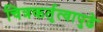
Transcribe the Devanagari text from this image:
चित्रकर्तृत्वापुढे